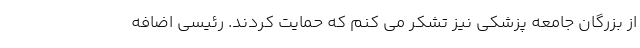
از بزرگان جامعه پزشکی نیز تشکر می کنم که حمایت کردند. رئیسی اضافه